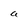
Character: a